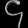
Digit: ၄